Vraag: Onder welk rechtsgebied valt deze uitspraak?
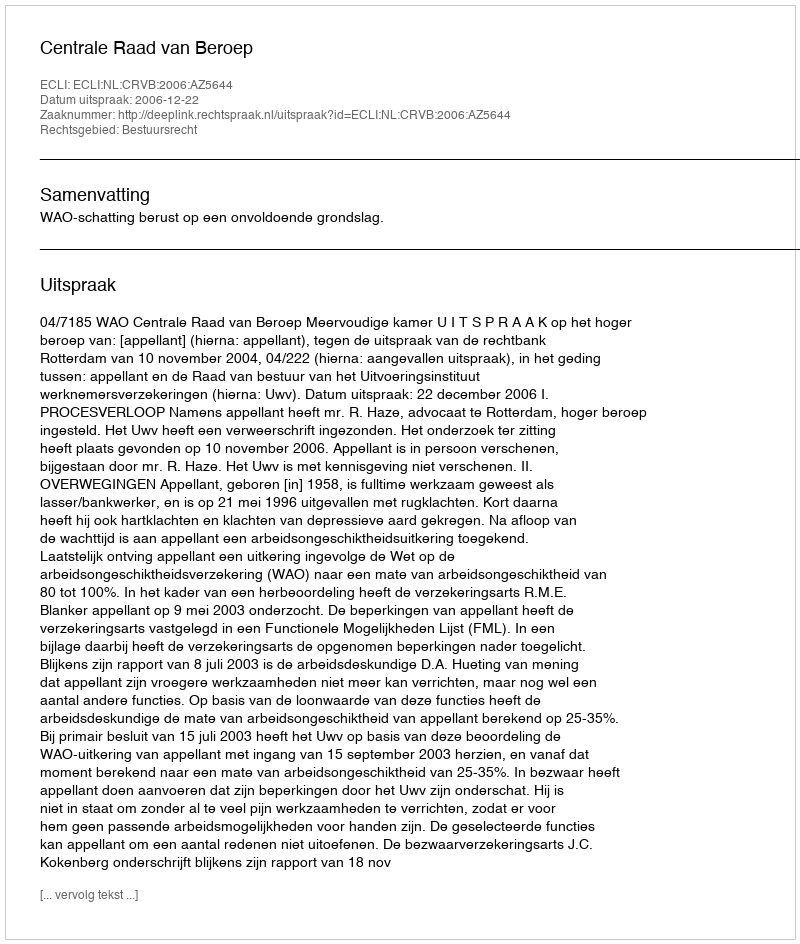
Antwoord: Bestuursrecht